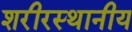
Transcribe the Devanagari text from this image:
शरीरस्थानीय